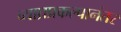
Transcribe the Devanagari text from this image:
व्याघ्रप्रकल्पानंतर